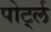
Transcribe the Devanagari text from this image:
पोर्ट्ल